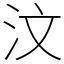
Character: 汶